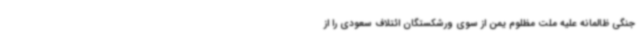
جنگی ظالمانه علیه ملت مظلوم یمن از سوی ورشکستگان ائتلاف سعودی را از